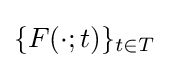
\{F(\cdot ;t)\}_{t\in T}